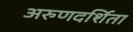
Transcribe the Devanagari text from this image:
अरुणदर्शिता